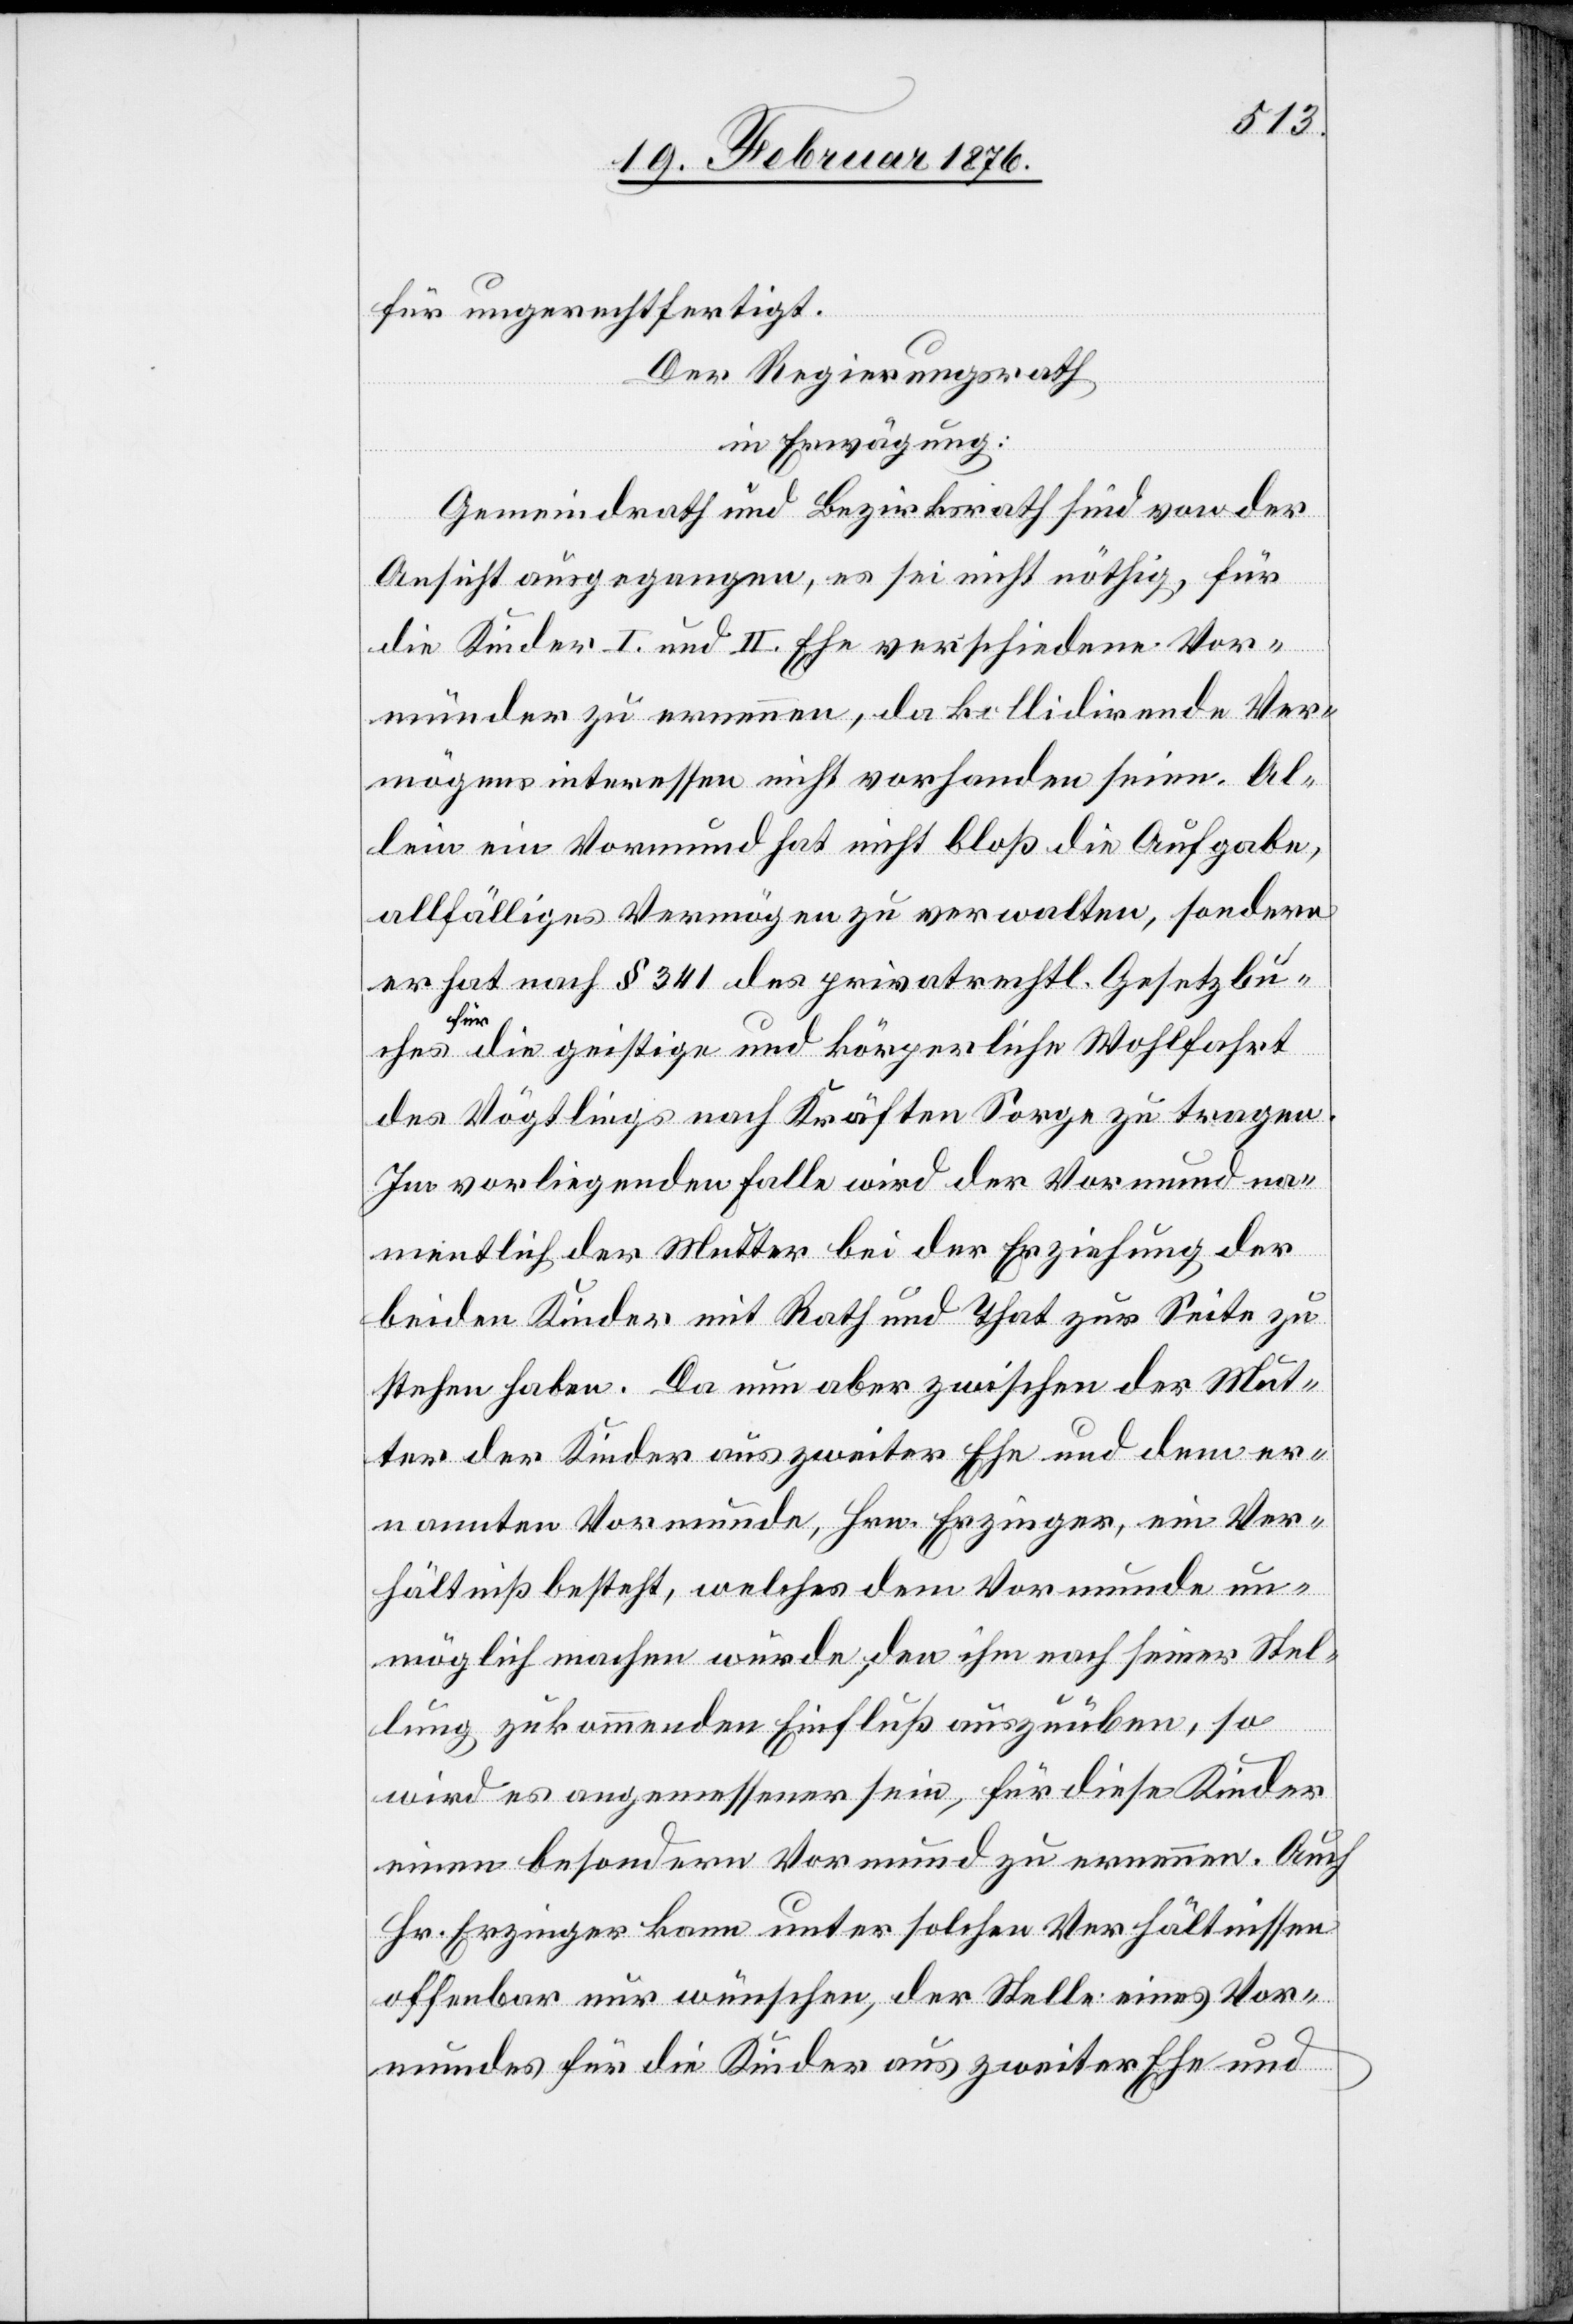
für ungerechtfertigt.
Der Regierungsrath,
in Erwägung:
Gemeindrath und Bezirksrath sind von der
Ansicht ausgegangen, es sei nicht nöthig, für
die Kinder I. und II. Ehe verschiedene Vor¬
münder zu ernennen, da kollidirende Ver¬
mögensinteressen nicht vorhanden seien. Al¬
lein ein Vormund hat nicht bloß die Aufgabe,
allfällige Vermögen zu verwalten, sondern
er hat nach § 341 des privatrechtl. Gesetzbu¬
ches für die geistige und körperliche Wohlfahrt
des Vögtlings nach Kräften Sorge zu tragen.
Im vorliegenden Falle wird der Vormund na¬
mentlich der Mutter bei der Erziehung der
beiden Kinder mit Rath und That zur Seite zu
stehen haben. Da nun aber zwischen der Mut¬
ter der Kinder aus zweiter Ehe und dem er¬
nannten Vormunde, Hrn. Erzinger, ein Ver¬
hältniß besteht, welches dem Vormunde un¬
möglich machen würde, den ihm nach seiner Stel¬
lung zukommenden Einfluß auszuüben, so
wird es angemessen sein, für diese Kinder
einen besonderen Vormund zu ernennen. Auch
Hr. Erzinger kann unter solchen Verhältnissen
offenbar nur wünschen, der Stelle eines Vor¬
mundes für die Kinder aus zweiter Ehe und